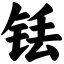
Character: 铥